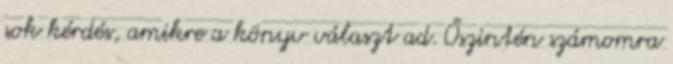
sok kérdés, amikre a könyv választ ad. Őszintén számomra